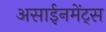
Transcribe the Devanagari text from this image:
असाईनमेंट्स